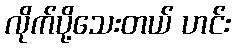
လိုက်ပို့သေးတယ် ဟင်း